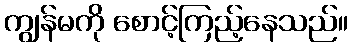
ကျွန်မကို စောင့်ကြည့်နေသည်။